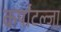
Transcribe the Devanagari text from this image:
कर्पाटल्जा